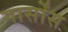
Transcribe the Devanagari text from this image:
गार्सोंस